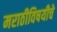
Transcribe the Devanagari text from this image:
मराठीविषयीचे